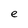
Character: e